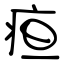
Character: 疸